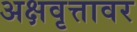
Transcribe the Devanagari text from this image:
अक्षवृत्तावर